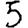
Digit: 5